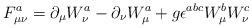
LaTeX: \begin{align*}F_{\mu \nu} ^a = \partial _{\mu} W_{\nu} ^a - \partial _{\nu}W_{\mu} ^a + g \epsilon ^{abc} W_{\mu} ^b W_{\nu} ^c\end{align*}